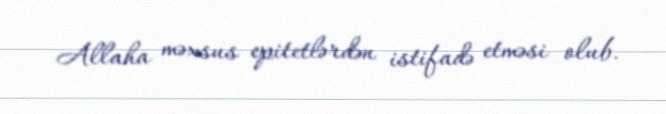
Allaha məxsus epitetlərdən istifadə etməsi olub.